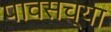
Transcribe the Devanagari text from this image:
पावसच्या